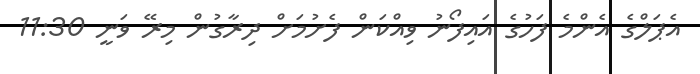
އެޕަލްގެ އެންމެ ފަހުގެ އައިފޯނު ވިއްކަން ފެށުމަށް ދިރާގުން މިރޭ ވަނީ 11:30